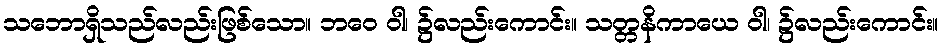
သဘောရှိသည်လည်းဖြစ်သော။ ဘဝေ ဝါ၊ ၌လည်းကောင်း။ သတ္တနိကာယေ ဝါ၊ ၌လည်းကောင်း။